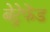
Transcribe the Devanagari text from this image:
बेट्रेफेंड